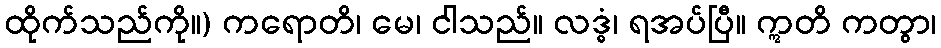
ထိုက်သည်ကို။) ကရောတိ၊ မေ၊ ငါသည်။ လဒ္ဓံ၊ ရအပ်ပြီ။ ဣတိ ကတွာ၊